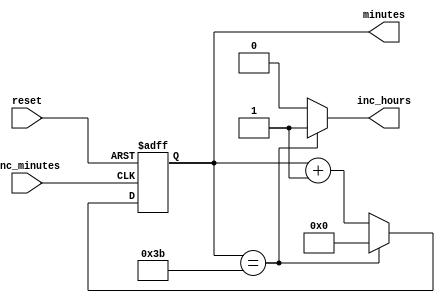
`timescale 1ns / 1ps

module minutes(
    input inc_minutes,      // From seconds
    input reset,
    output inc_hours,       // To hours
    output [5:0] minutes    // For LEDs
    );
    
    reg [5:0] min_ctr = 0;
    
    always @(negedge inc_minutes or posedge reset) begin
        if(reset)
            min_ctr <= 0;
        else
            if(min_ctr == 59)
                min_ctr <= 0;
            else
                min_ctr <= min_ctr + 1;
    end
    
    assign inc_hours = (min_ctr == 59) ? 1 : 0;
    assign minutes = min_ctr;
    
endmodule